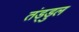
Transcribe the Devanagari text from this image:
तंड्डुल